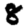
Digit: 8